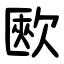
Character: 㰼